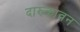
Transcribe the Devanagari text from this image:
दारुकावन